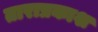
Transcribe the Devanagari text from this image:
ताराप्रकाश